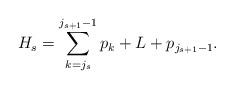
LaTeX: \begin{align*}H_s = \sum_{k=j_s}^{j_{s+1}-1} p_k + L + p_{j_{s+1}-1}. \end{align*}